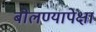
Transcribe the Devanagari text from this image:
बोलण्यापेक्षा